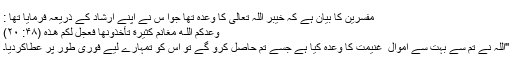
مفسرین کا بیان ہے کہ خیبر اللہ تعالیٰ کا وعدہ تھا جوا س نے اپنے ارشاد کے ذریعہ فرمایا تھا :
وَعَدَكُمُ اللَّـهُ مَغَانِمَ كَثِيرَ‌ةً تَأْخُذُونَهَا فَعَجَّلَ لَكُمْ هَـٰذِهِ (۴۸: ۲۰)
''اللہ نے تم سے بہت سے اموال ِ غنیمت کا وعدہ کیا ہے جسے تم حاصل کرو گے تو اس کو تمہارے لیے فوری طور پر عطاکردیا۔